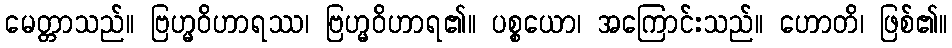
မေတ္တာသည်။ ဗြဟ္မဝိဟာရဿ၊ ဗြဟ္မဝိဟာရ၏။ ပစ္စယော၊ အကြောင်းသည်။ ဟောတိ၊ ဖြစ်၏။